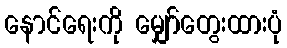
နောင်ရေးကို မျှော်တွေးထားပုံ